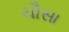
ચૌસા